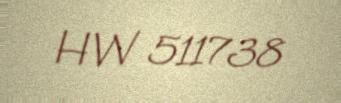
HW 511738